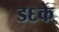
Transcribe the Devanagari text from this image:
ड६के